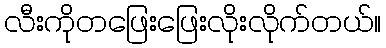
လီးကိုတဖြေးဖြေးလိုးလိုက်တယ်။